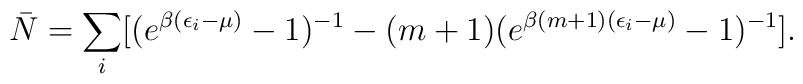
\bar N=\sum_i [ (e^{\beta(\epsilon_i-\mu)}-1)^{-1}-(m+1)(e^{\beta(m+1)(\epsilon_i-\mu)}-1)^{-1}].